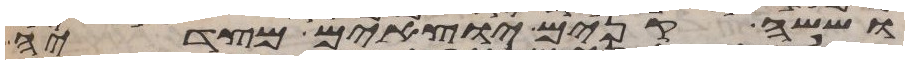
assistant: וששה קנים יוצאים מצדיה